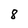
Character: 8